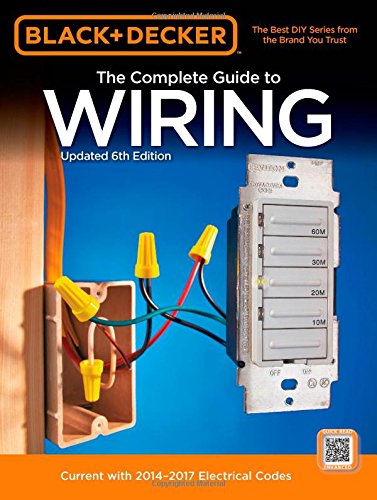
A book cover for Black & Decker The Complete Guide to Wiring, Updated 6th Edition: Current with 2014-2017 Electrical Codes (Black & Decker Complete Guide); Editors of Cool Springs Press; Engineering & Transportation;